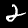
Label: 2